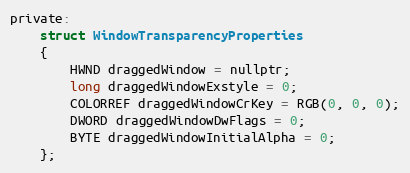
Language: C
private:
    struct WindowTransparencyProperties
    {
        HWND draggedWindow = nullptr;
        long draggedWindowExstyle = 0;
        COLORREF draggedWindowCrKey = RGB(0, 0, 0);
        DWORD draggedWindowDwFlags = 0;
        BYTE draggedWindowInitialAlpha = 0;
    };